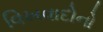
વિખવાદોનો